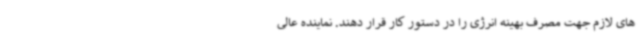
های لازم جهت مصرف بهینه انرژی را در دستور کار قرار دهند. نماینده عالی